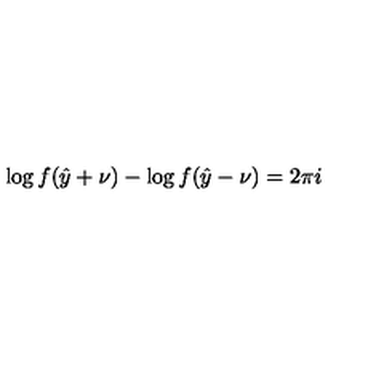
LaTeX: \log f ( \hat { y } + \nu ) - \log f ( \hat { y } - \nu ) = 2 \pi i \protect